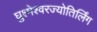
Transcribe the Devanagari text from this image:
घुश्मेश्वरज्योतिर्लिंग